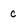
Character: c